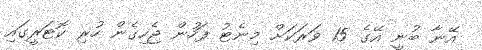
އޭނާ ބުނީ އޭގެ 15 ވަރަކަށް މިނެޓު ފަހުން ޖެހިގެން ހުރި ކޮޓަރީގައި